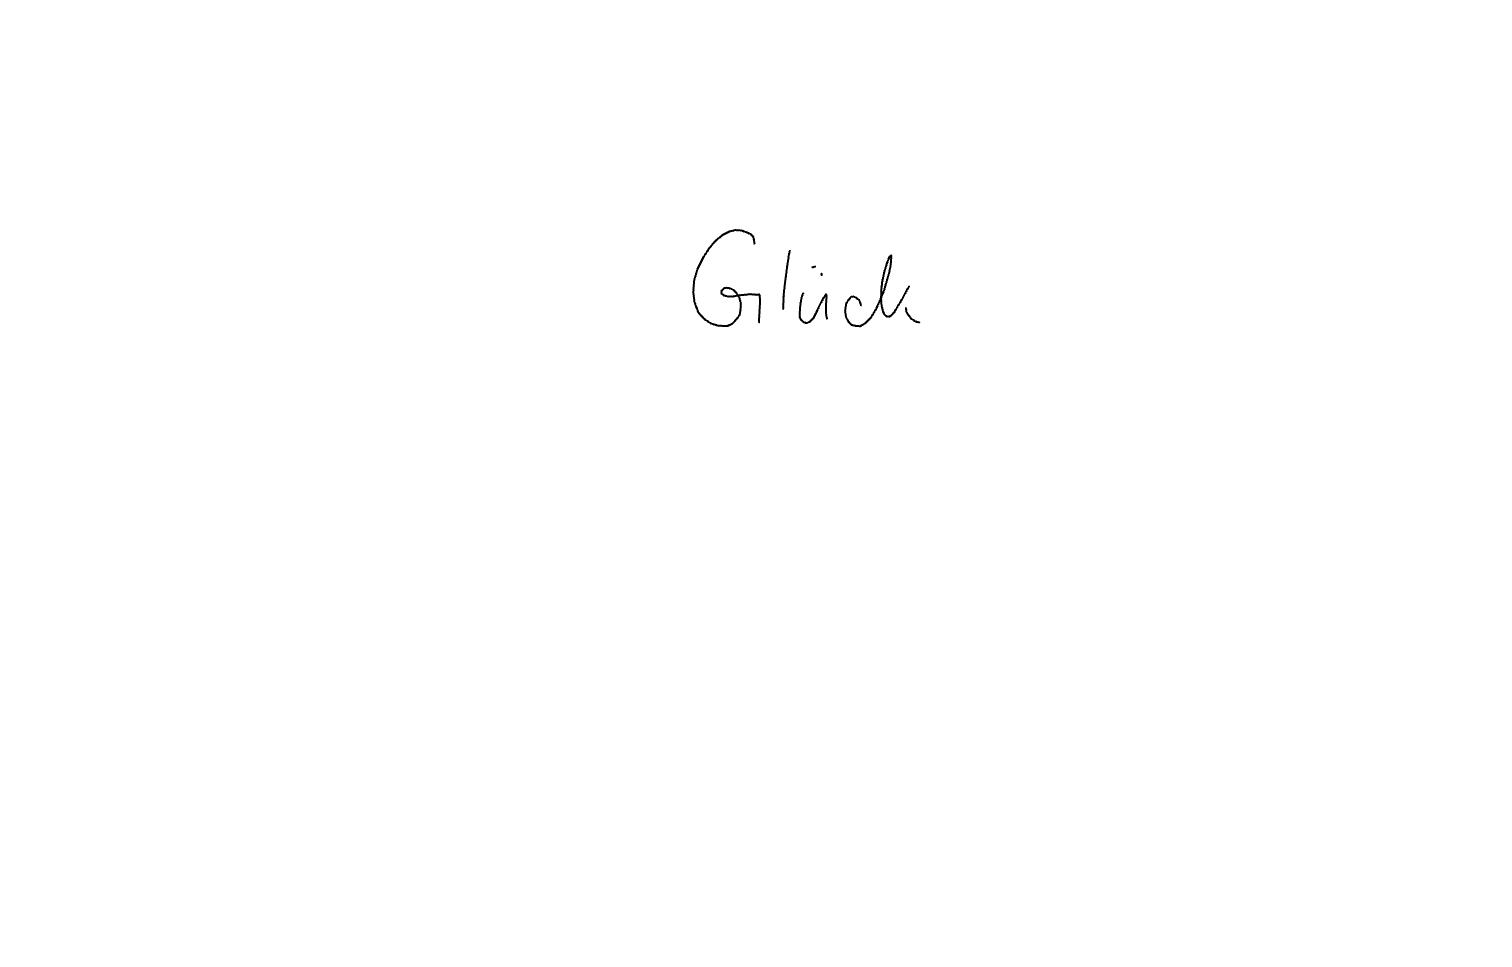
Text: Glück